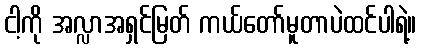
ငါ့ကို အလ္လာအရှင်မြတ် ကယ်တော်မူတာပဲထင်ပါရဲ့။